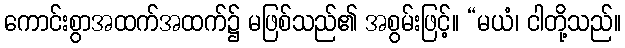
ကောင်းစွာအထက်အထက်၌ မဖြစ်သည်၏ အစွမ်းဖြင့်။ “မယံ၊ ငါတို့သည်။